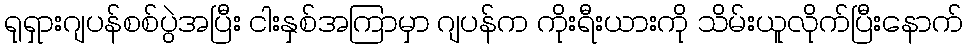
ရုရှားဂျပန်စစ်ပွဲအပြီး ငါးနှစ်အကြာမှာ ဂျပန်က ကိုးရီးယားကို သိမ်းယူလိုက်ပြီးနောက်